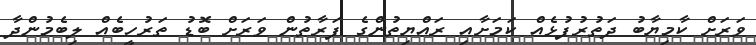
ވަަރަށް ކާމިޔާބު ދަތުރުފުޅެއް ކަަމަށާއި ރައްޔިތުންގެ ފަރާތުން ވަރަށް ބޮޑު ތަރުހީބެއް ލިބެމުންދާ